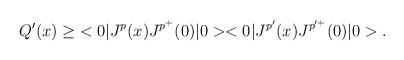
\begin{align*}Q'(x) \geq \; <0|J^p(x)J^{p^+}(0)|0> <0|J^{p'}(x)J^{p'^+}(0)|0>.\end{align*}